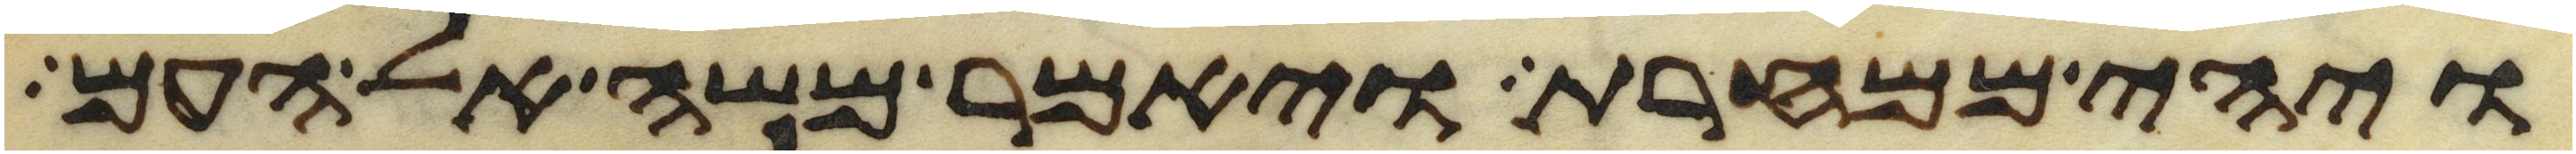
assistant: ויהי ממחרת ויאמר משה אל העם